Report on sanitation, dispensaries, and jails in Rajputana for 1917, and on vaccination for the year 1917-1918 - 1917-1918
Year: 1917
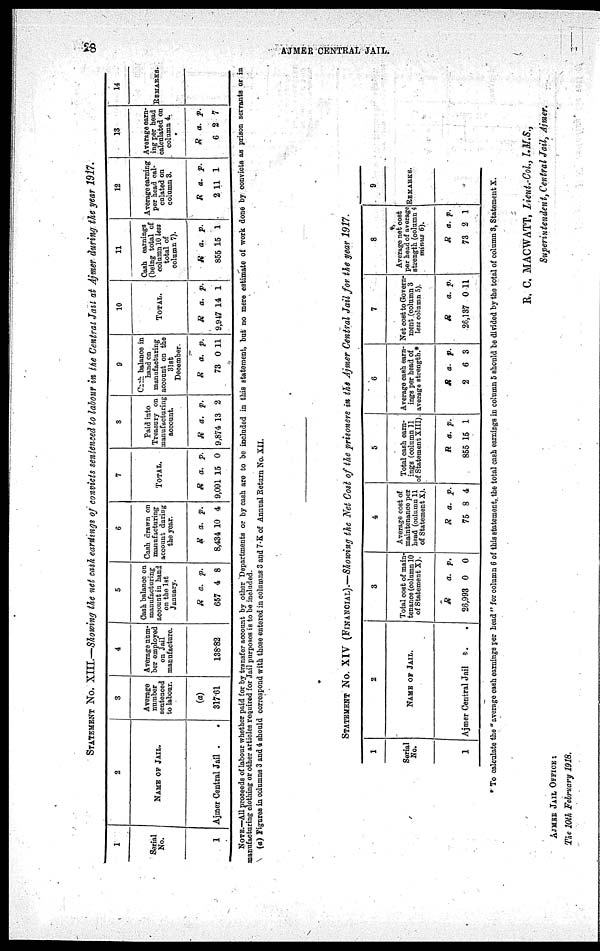
28
AJMER CENTRAL JAIL.
STATEMENT No. XIII.—Showing the net cash earnings of convicts sentenced to labour in the Central Jail at Ajmer during the year 1917.
1
Serial
No.
1
2
NAME OF JAIL.
Ajmer Central Jail .
.
3
Average
number
sentenced
to labour.
(a)
317.61
4
Average num-
ber employed
on Jail
manufacture.
138.82
5
Cash balance on
manufacturing
account in hand
on the 1st
January.
R
657
a.
4
p.
8
6
Cash drawn on
manufacturing
account during
the year.
R
8,434
a.
10
p.
4
7
TOTAL.
R
9,091
a.
15
p.
0
8
Paid into
Treasury on
manufacturing
account.
R
9,874
a.
13
p.
2
9
Cash balance in
hand on
manufacturing
account on the
31st
December.
R
73
a.
0
p.
11
10
TOTAL.
R
9,947
a.
14
p.
1
11
Cash earnings
(being total of
column 10 less
total of
column 7).
R
855
a.
15
p.
1
12
Average earning
per head cal-
culated on
column 3.
R
2
a.
11
p.
1
13
Average earn-
ing per head
calculated on
column 4.
R
6
a.
2
p.
7
14
REMARKS.
NOTE.—All proceeds of labour whether paid for by transfer account by other Departments or by cash are to be included in this statement, but no mere estimate of work done by convicts as prison servants or in
manufacturing clothing or other articles required for Jail purposes is to be included.
(a) Figures in columns 3 and 4 should correspond with those entered in columns 3 and 7-K of Annual Return No. XII.
STATEMENT No. XIV (FINANCIAL).—Showing the Net Cost of the prisoners in the Ajmer Central Jail for the year 1917.
1
Serial
No.
1
2
NAME OF JAIL.
Ajmer Central Jail
.
.
3
Total cost of main-
tenance (column 10
of Statement X).
R
26,993
a.
0
p.
0
4
Average cost of
maintenance per
head (column 11
of Statement X).
R
75
a.
8
p.
4
5
Total cash earn-
ings (column 11
of Statement XIII).
R
855
a.
15
p.
1
6
Average cash earn-
ings per head of
average strength.*
R
2
a.
6
p.
3
7
Net cost to Govern-
ment (column 3
less column 5).
R
26,137
a.
0
p.
11
8
Average net cost
per head of average
strength (column 4
minus 6).
R
73
a.
2
p.
1
9
REMARKS.
* To calculate the "average cash earnings per head " for column 6 of this statement, the total cash earnings in column 5 should be divided by the total of column 3, Statement X.
R. C. MACWATT, Lieut.-Col., I.M.S.,
Superintendent, Central Jail, Ajmer.
AJMER JAIL OFFICE :
The 10th February 1918.